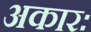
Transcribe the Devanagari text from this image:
अकारः